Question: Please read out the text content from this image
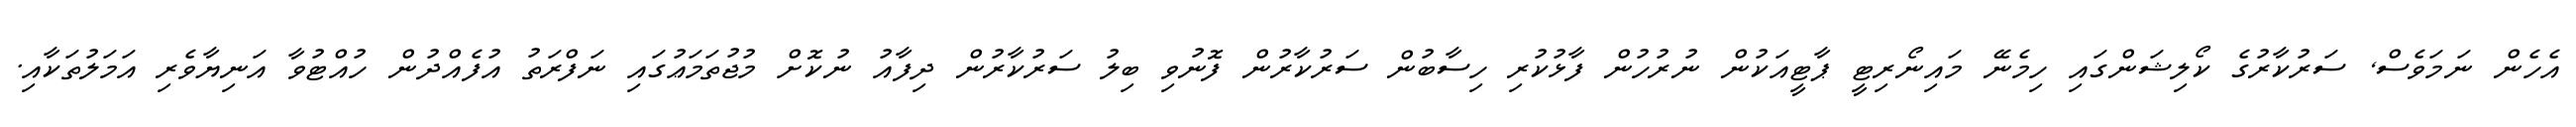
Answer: އެހެން ނަމަވެސް, ސަރުކާރުގެ ކޯލިޝަންގައި ހިމެނޭ މައިނޯރިޓީ ޕާޓީއަކުން ނުރުހުން ފާޅުކުރި ހިސާބުން ސަރުކާރުން ފޮނުވި ބިލު ސަރުކާރުން ދިފާއު ނުކޮށް މުޖުތަމަޢުގައި ނަފްރަތު އުފެއްދުން ހުއްޓުވާ އަނިޔާވެރި އަމަލުތަކާއި.